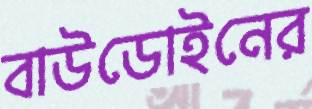
বাউডোইনের